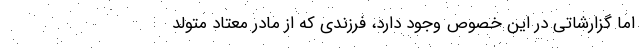
اما گزارشاتی در این خصوص وجود دارد، فرزندی که از مادر معتاد متولد